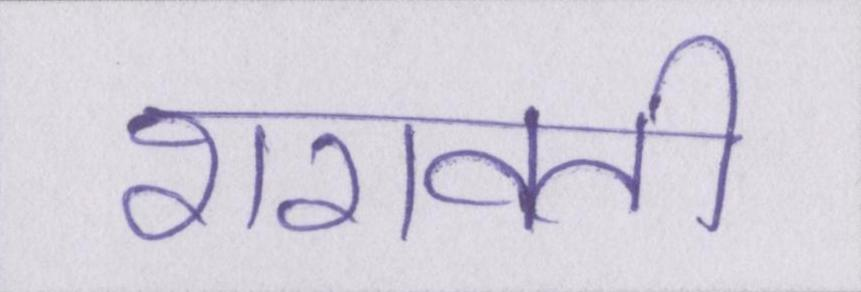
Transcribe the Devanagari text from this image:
शरावती